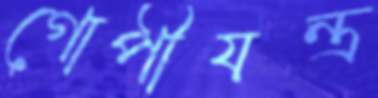
গোপীযন্ত্র